Leaving Certificate Examination, 1922
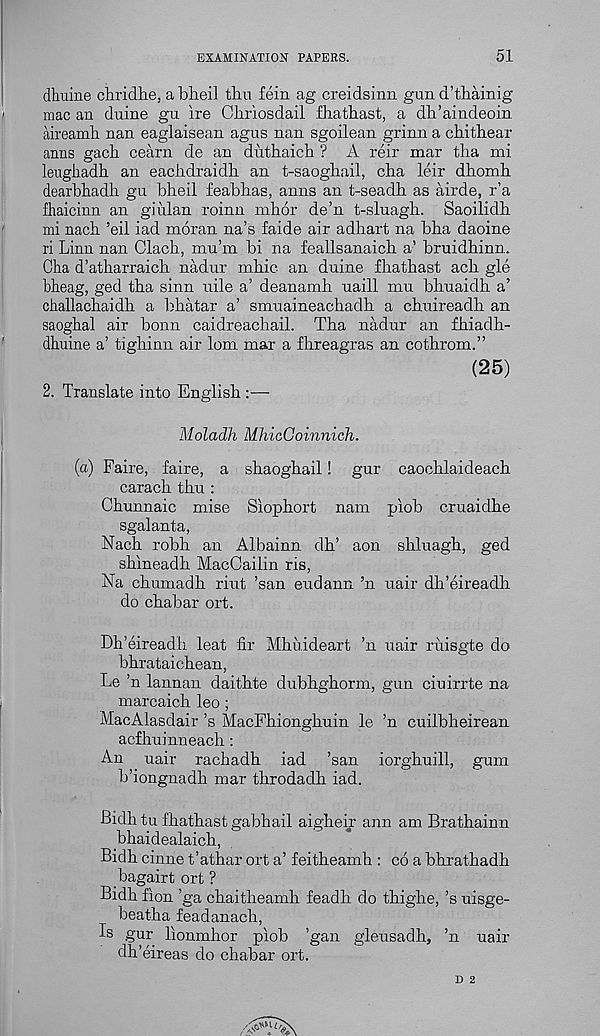
EXAMINATION PAPERS.
51
dimine chridhe, a blieil thu fein ag creidsinn gun d’thainig
mac an duine gu ire Chriosdail fhatliast, a dh’aindeoin
aireamh. nan eaglaisean agus nan sgoilean grinn a chitliear
anns gach. cearn de an diithaich ? A reir mar tlia mi
leugliadh an eachdraidh an t-saogliail, clia leir dhomh
dearbliadh gu bbeil feabhas, anns an t-seadh as airde, r’a
fhaicinn an giiilan roinn mhor de’n t-sluagh. Saoilidh
mi nach ’eil iad moran na’s faide air adhart na bha daoine
ri Linn nan Clach, mu’m bi na feallsanaicb a’ bruidhinn.
Cha d’atharraicb nadur mbic an duine fbathast acb gle
bheag, ged tba sinn uile a’ deanamh uaill mu bhuaidh a’
challacbaidb a bhatar a’ smuaineachadh a chuireadh an
saogbal air bonn caidreachail. Tha nadur an fbiadb-
dhuine a’ tiglrinn air lorn mar a flireagras an cothrom.”
(25)
2. Translate into English :—-
Moladh MhicGoinnich.
(a) Faire, faire, a sh.aogh.ail! gur caochlaideach
carach thu :
Chunnaic mise Siophort nam piob cruaidhe
sgalanta,
Nach robh an Albainn dh’ aon shluagh, ged
shineadh MacCailin ris,
Na chumadh riut ’san eudann ’n uair dh’eireadh
do chabar ort.
Dh’eireadh leat fir Mhuideart ’n uair ruisgte do
bhrataichean,
Le ’n lannan daithte dubhghorm, gun ciuirrte na
marcaich leo ;
MacAlasdair’s MacFhionghuin le ’n cuilbheirean
acfhuinneach:
An uair rachadh iad ’san iorghuill, gum
b’iongnadh mar throdadh iad.
Bidh tu fhathast gabhail aigheir ann am Brathainn
bhaidealaich,
Bidh cinne t’athar ort a’ feitheamh : co a bhrathadh
bagairt ort ?
Bidh fion ’ga chaitheamh feadh do thighe, ’s uisge-
beatha feadanach,
Is gur lionmhor piob ’gan gleusadh, ’n uair
dh’eireas do chabar ort.
D 2